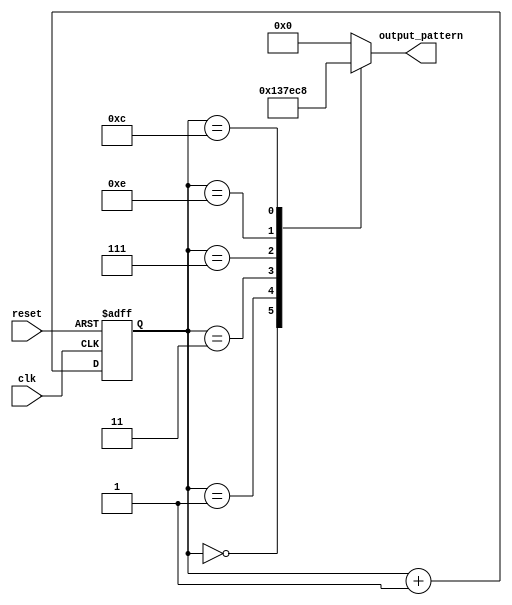
module johnson_counter (
    input clk,
    input reset,
    output reg [3:0] output_pattern
);

reg [3:0] state;

always @(posedge clk or posedge reset) begin
    if (reset) begin
        state <= 4'b0000;
    end else begin
        state <= state + 1;
    end
end

always @* begin
    case (state)
        4'b0000: output_pattern = 4'b0001;
        4'b0001: output_pattern = 4'b0011;
        4'b0011: output_pattern = 4'b0111;
        4'b0111: output_pattern = 4'b1110;
        4'b1110: output_pattern = 4'b1100;
        4'b1100: output_pattern = 4'b1000;
        default: output_pattern = 4'b0000;
    endcase
end

endmodule